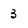
Character: 3